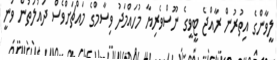
ލީވާންގެ އިތުރުން ރާއްޖެ ޓީވީގެ ނޫސްވެރިޔާ މުހައްމަދު ވިސާމްގެ މައްޗަށްވެސް ދައުލަތުން ވަނީ